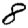
Digit: 8